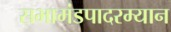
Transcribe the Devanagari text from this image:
सभामंडपादरम्यान